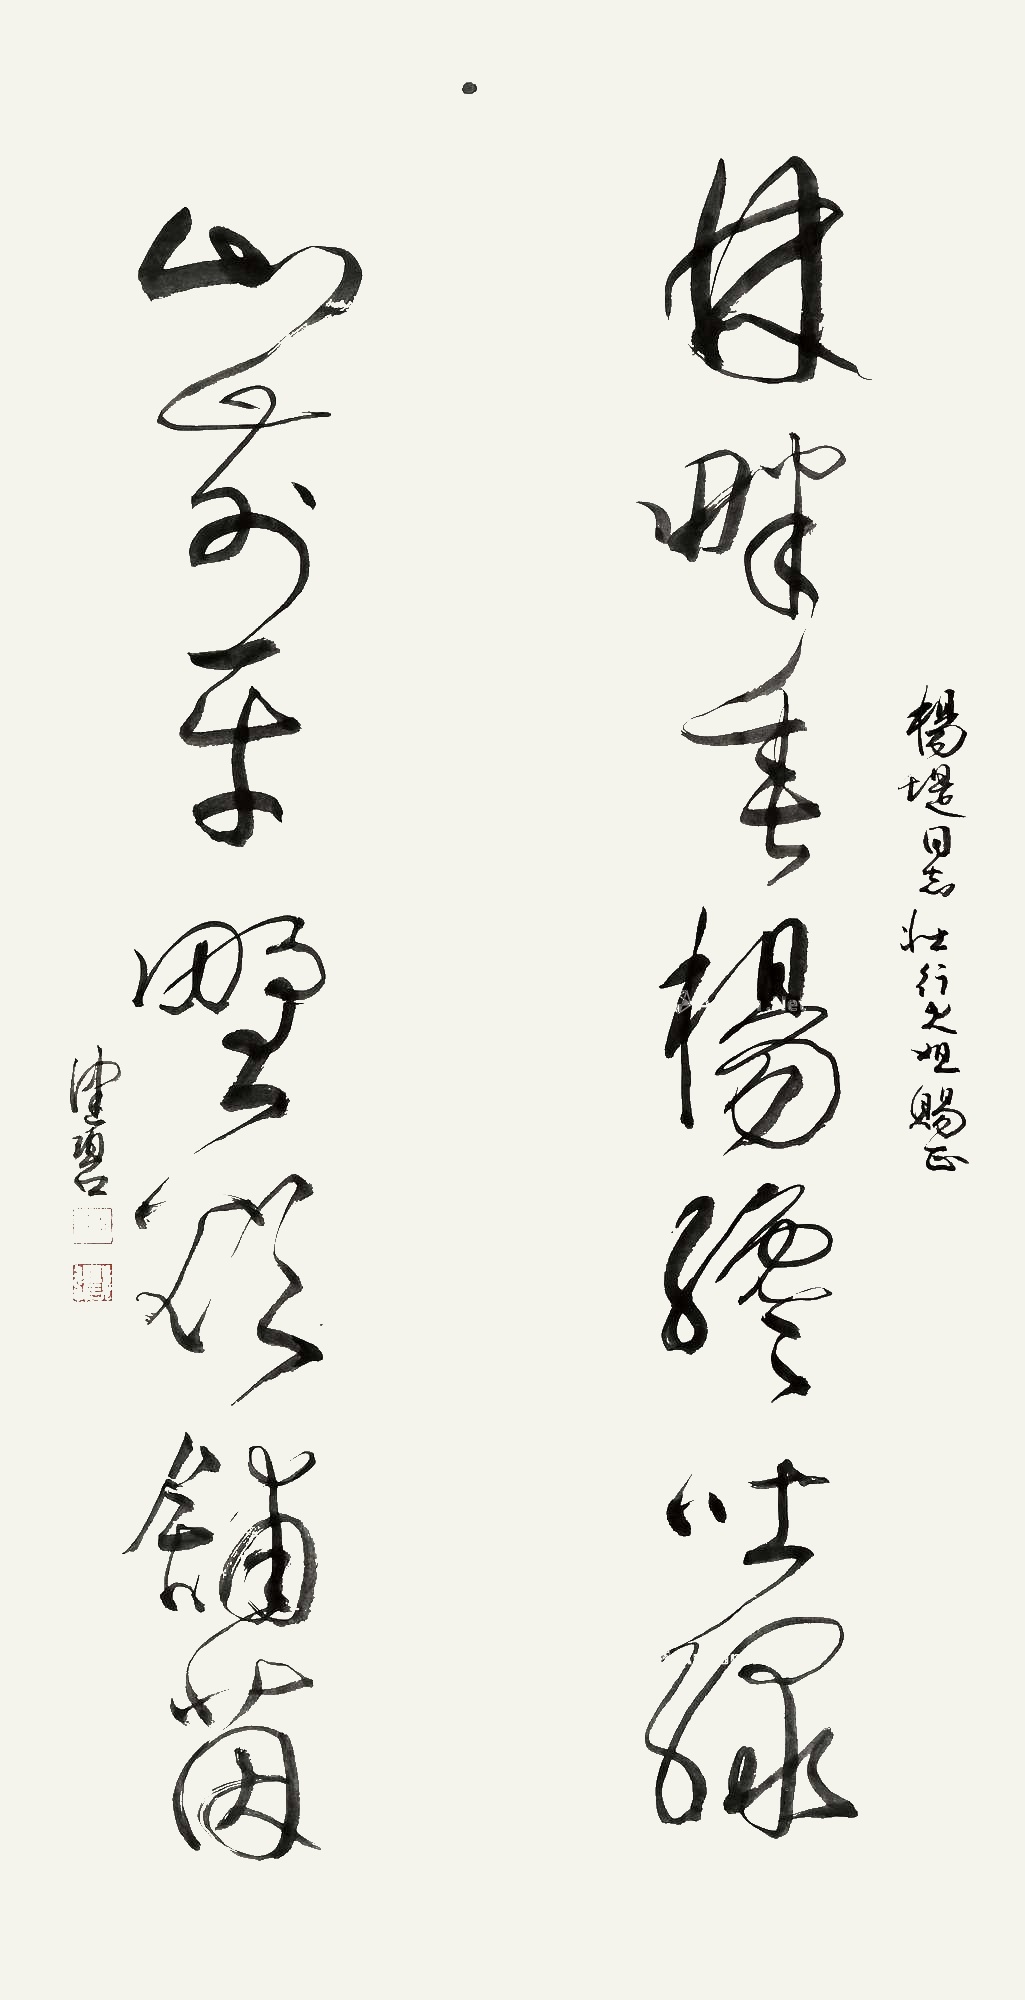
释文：林畔春杨终吐绿，山前平野欲铺茵。杨堤同志、壮行大姐赐正。健碧。